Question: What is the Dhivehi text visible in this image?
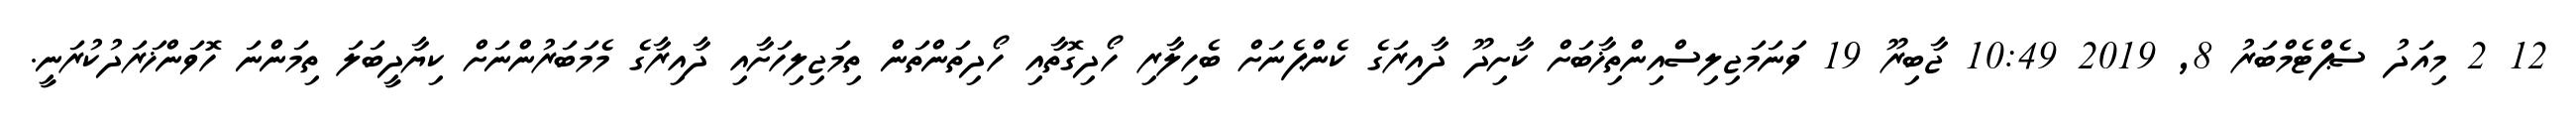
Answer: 12 2 މިއަދު ސެޕްޓެމްބަރު 8, 2019 10:49 ޖާބިރޫ 19 ވަނަމަޖިލިސްއިންތިޚާބަށް ކާށިދޫ ދާއިރަގެ ކެންޕެނަށް ބެހިލާރި ހޯދިގޮތާއި ހޯދިތަންތަން ތިމަޖިލިހަށާއި ދާއިރާގެ މެމަބަރުންނަށް ކިޔާދީބަލަ ތިމަންނަ ހޮވަންޚަރަދުކުރަނީ.